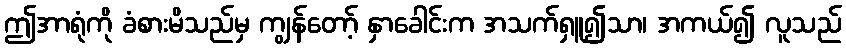
ဤအာရုံကို ခံစားမိသည်မှ ကျွန်တော့် နှာခေါင်းက အသက်ရှူ၍သာ၊ အကယ်၍ လူသည်